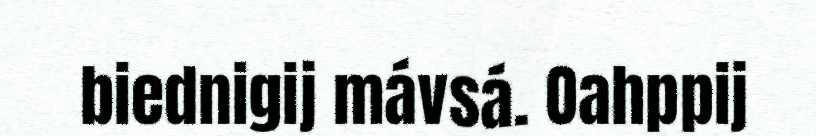
biednigij mávsá. Oahppij